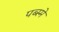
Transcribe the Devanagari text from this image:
पब्स्मे